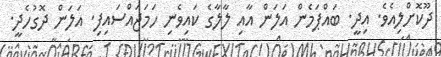
ދޫކޮށްލިއެވެ. އިދީ. ބައްޕަމެން އަލަން އާއި ލާލާގެ ކައިވެނި ހަމަޖައްސައިފި. އަލަން ދޮގުހެދީ.